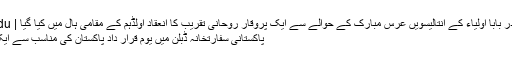
حضور قلندر بابا اولیاء کے انتالیسویں عرس مبارک کے حوالے سے ایک پروقار روحانی تقریب کا انعقاد اولڈہم کے مقامی ہال میں کیا گیا | Geo Urdu
پاکستانی سفارتخانہ ڈبلن میں یوم قرار داد پاکستان کی مناسب سے ایک پروقا…